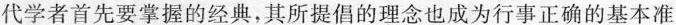
代学者首先要掌握的经典，其所提倡的理念也成为行事正确的基本准